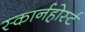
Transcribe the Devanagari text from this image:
स्कार्नहोर्स्ट